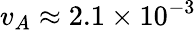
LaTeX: v_{A}\approx 2.1\times 10^{-3}